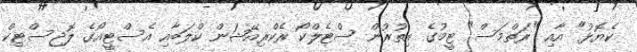
ކެޔޮޅު" އާއި "ރަތްމަސް" ޓީމުގެ އިތުރުން ސްޓެލްކޯ ރެކްރިއޭޝަން ކްލަބާއި އެސްޓީއޯގެ ލޮޖިސްޓިކް